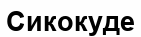
Сикокуде